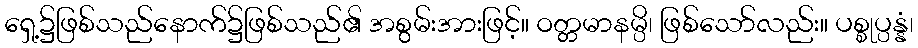
ရှေ့၌ဖြစ်သည်နောက်၌ဖြစ်သည်၏ အစွမ်းအားဖြင့်။ ဝတ္တမာနမ္ပိ၊ ဖြစ်သော်လည်း။ ပစ္စုပ္ပန္နံ၊